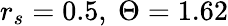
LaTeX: r_{s}=0.5,\ \Theta=1.62